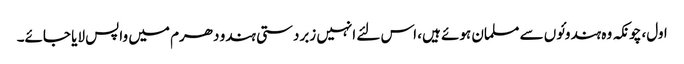
اول، چونکہ وہ ہندوئوں سے مسلمان ہوئے ہیں، اس لئے انہیں زبردستی ہندو دھرم میں واپس لایا جائے۔